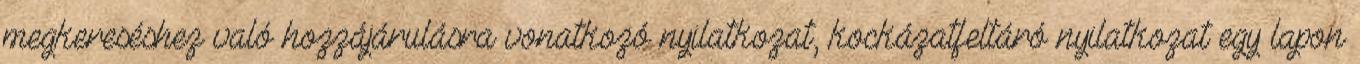
megkereséshez való hozzájárulásra vonatkozó nyilatkozat, kockázatfeltáró nyilatkozat egy lapon